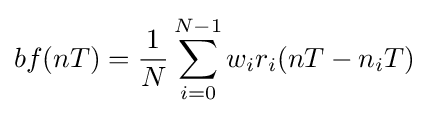
bf(nT)={\frac {1}{N}}\sum _{i=0}^{N-1}w_{i}r_{i}(nT-n_{i}T)